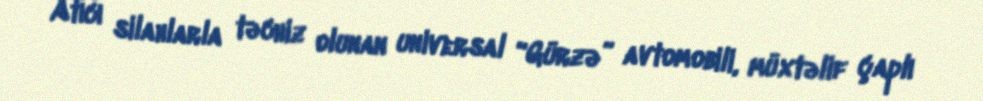
Atıcı silahlarla təchiz olunan universal “Gürzə” avtomobili, müxtəlif çaplı